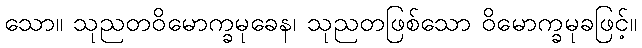
သော။ သုညတဝိမောက္ခမုခေန၊ သုညတဖြစ်သော ဝိမောက္ခမုခဖြင့်။